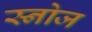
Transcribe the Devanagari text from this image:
स्नोज